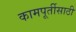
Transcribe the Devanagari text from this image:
कामपूर्तीसाठी